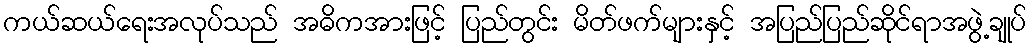
ကယ်ဆယ်ရေးအလုပ်သည် အဓိကအားဖြင့် ပြည်တွင်း မိတ်ဖက်များနှင့် အပြည်ပြည်ဆိုင်ရာအဖွဲ့ချုပ်